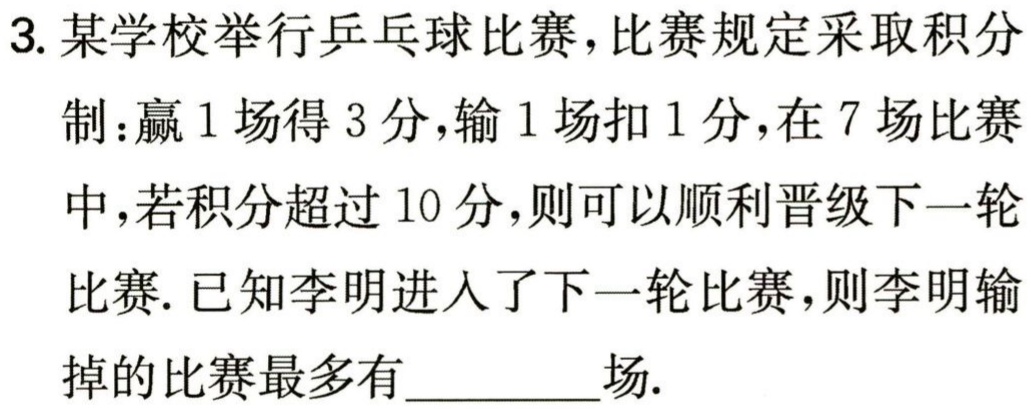
3. 某学校举行乒乓球比赛，比赛规定采取积分

制：赢1场得3分，输1场扣1分，在7场比赛

中，若积分超过10分，则可以顺利晋级下一轮

比赛. 已知李明进入了下一轮比赛，则李明输

掉的比赛最多有_________场.